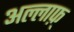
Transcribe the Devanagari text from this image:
अल्लाफ़्‌